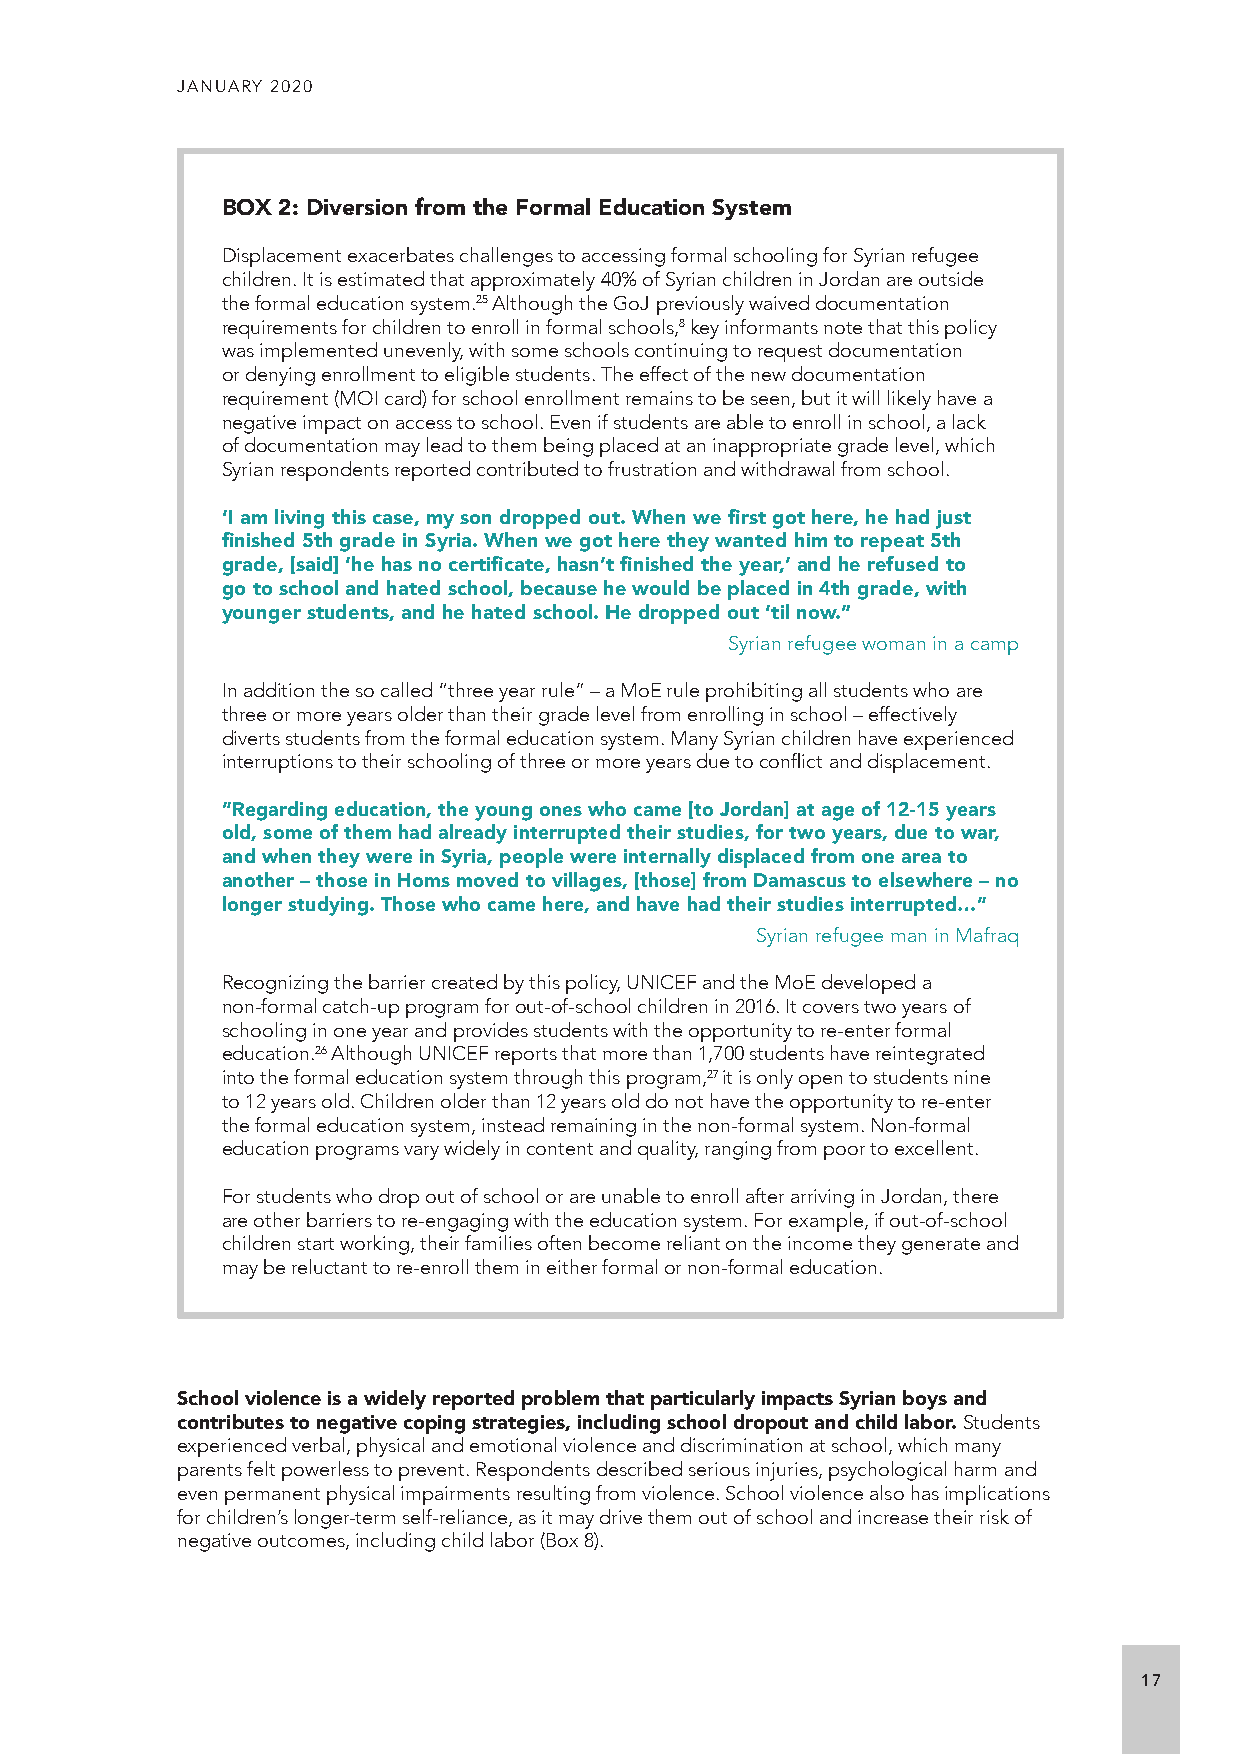
JANUARY 2020
 BOX 2: Diversion from the Formal Education System
 Displacement exacerbates challenges to accessing formal schooling for Syrian refugee
 children. It is estimated that approximately 40% of Syrian children in Jordan are outside
 the formal education system.25 Although the GoJ previously waived documentation
 requirements for children to enroll in formal schools,8 key informants note that this policy
 was implemented unevenly, with some schools continuing to request documentation
 or denying enrollment to eligible students. The effect of the new documentation
 requirement (MOI card) for school enrollment remains to be seen, but it will likely have a
 negative impact on access to school. Even if students are able to enroll in school, a lack
 of documentation may lead to them being placed at an inappropriate grade level, which
 Syrian respondents reported contributed to frustration and withdrawal from school.
 ‘I am living this case, my son dropped out. When we first got here, he had just
 finished 5th grade in Syria. When we got here they wanted him to repeat 5th
 grade, [said] ‘he has no certificate, hasn’t finished the year,’ and he refused to
 go to school and hated school, because he would be placed in 4th grade, with
 younger students, and he hated school. He dropped out ‘til now.”
 Syrian refugee woman in a camp
 In addition the so called “three year rule” – a MoE rule prohibiting all students who are
 three or more years older than their grade level from enrolling in school – effectively
 diverts students from the formal education system. Many Syrian children have experienced
 interruptions to their schooling of three or more years due to conflict and displacement.
 ”Regarding education, the young ones who came [to Jordan] at age of 12-15 years
 old, some of them had already interrupted their studies, for two years, due to war,
 and when they were in Syria, people were internally displaced from one area to
 another – those in Homs moved to villages, [those] from Damascus to elsewhere – no
 longer studying. Those who came here, and have had their studies interrupted…”
 Syrian refugee man in Mafraq
 Recognizing the barrier created by this policy, UNICEF and the MoE developed a
 non-formal catch-up program for out-of-school children in 2016. It covers two years of
 schooling in one year and provides students with the opportunity to re-enter formal
 education.26 Although UNICEF reports that more than 1,700 students have reintegrated
 into the formal education system through this program,27 it is only open to students nine
 to 12 years old. Children older than 12 years old do not have the opportunity to re-enter
 the formal education system, instead remaining in the non-formal system. Non-formal
 education programs vary widely in content and quality, ranging from poor to excellent.
 For students who drop out of school or are unable to enroll after arriving in Jordan, there
 are other barriers to re-engaging with the education system. For example, if out-of-school
 children start working, their families often become reliant on the income they generate and
 may be reluctant to re-enroll them in either formal or non-formal education.
 School violence is a widely reported problem that particularly impacts Syrian boys and
 contributes to negative coping strategies, including school dropout and child labor. Students
 experienced verbal, physical and emotional violence and discrimination at school, which many
 parents felt powerless to prevent. Respondents described serious injuries, psychological harm and
 even permanent physical impairments resulting from violence. School violence also has implications
 for children’s longer-term self-reliance, as it may drive them out of school and increase their risk of
 negative outcomes, including child labor (Box 8).
 17